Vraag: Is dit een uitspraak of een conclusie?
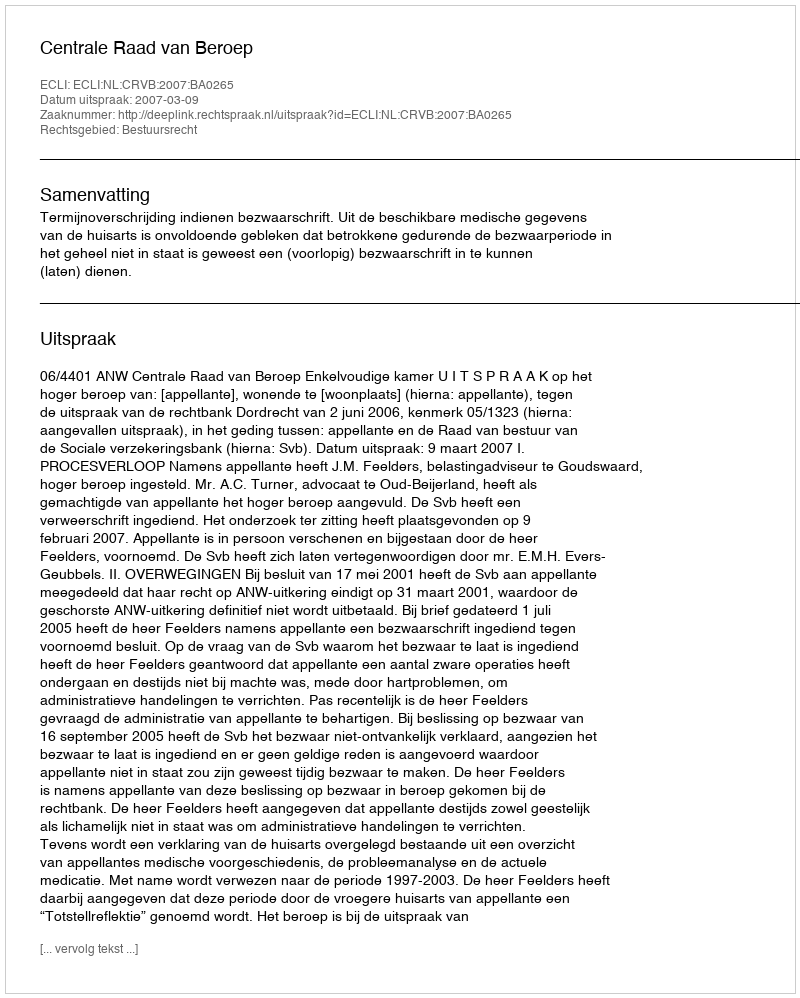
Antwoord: Uitspraak